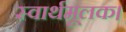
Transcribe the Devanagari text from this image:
स्वार्थमूलक।